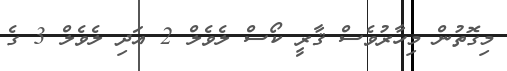
މިގޮތުން މިހާރުވެސް ޤާރީ ކޯސް ލެވެލް 2 އަދި ލެވެލް 3 ގެ